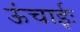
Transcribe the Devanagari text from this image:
ऊंचाईः